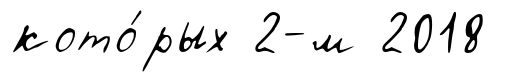
кото́рых 2-м 2018